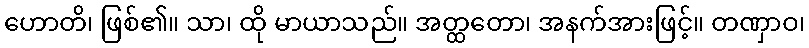
ဟောတိ၊ ဖြစ်၏။ သာ၊ ထို မာယာသည်။ အတ္ထတော၊ အနက်အားဖြင့်။ တဏှာဝ၊